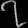
Digit: ၇